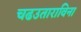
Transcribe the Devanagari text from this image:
चढउताराविना